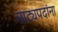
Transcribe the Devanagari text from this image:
नाट्यपदांना